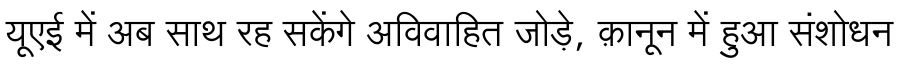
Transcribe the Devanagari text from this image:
यूएई में अब साथ रह सकेंगे अविवाहित जोड़े, क़ानून में हुआ संशोधन